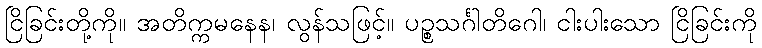
ငြိခြင်းတို့ကို။ အတိက္ကမနေန၊ လွန်သဖြင့်။ ပဉ္စသင်္ဂါတိဂေါ၊ ငါးပါးသော ငြိခြင်းကို